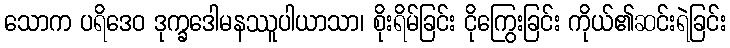
သောက ပရိဒေဝ ဒုက္ခဒေါမနဿူပါယာသာ၊ စိုးရိမ်ခြင်း ငိုကြွေးခြင်း ကိုယ်၏ဆင်းရဲခြင်း